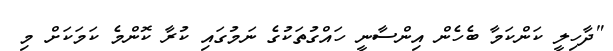
"ދާހިލީ ކަންކަމާ ބެހެން އިންސާނީ ހައްގުތަކުގެ ނަމުގައި ކުރާ ކޮންމެ ކަމަކަށް މި